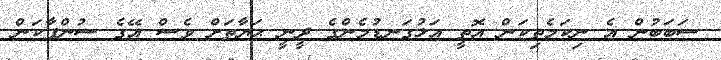
ސަބަބުން އެ ނިކަމެތިކަން އޮތީ އަޅުގަނޑުމެންގެ ދީނީ ޙަޔާތަށް ވެސް އޭގެ ސުންޕާކަން